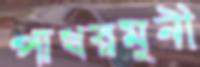
পাথরমুনী